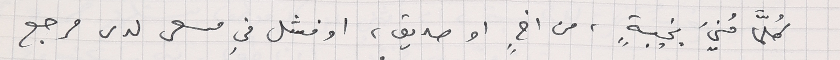
كُلَّما مُنيَ بخيبةٍ، من اخٍ او صديق، او فشل في مسعى لدى مرجع